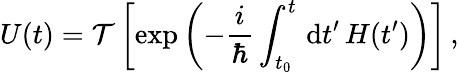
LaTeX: U(t)={\mathcal{T}}\left[\exp\left(-{\frac{i}{\hbar}}\int_{t_{0}}^{t}\, \mathrm{{d}}t^{\prime}\, H(t^{\prime})\right)\right]\, ,